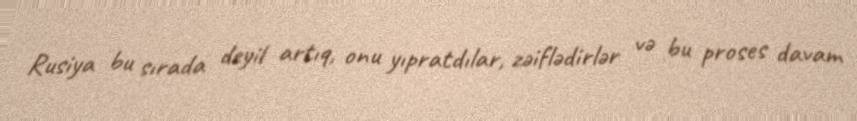
Rusiya bu sırada deyil artıq, onu yıpratdılar, zəiflədirlər və bu proses davam